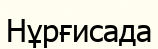
Нұрғисада